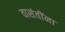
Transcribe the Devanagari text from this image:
वासंतींना